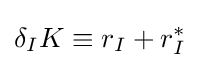
\delta _{I}K\equiv r_{I}+r_{I}^{*}